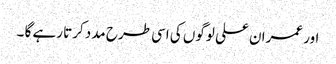
اور عمران علی لوگوں کی اسی طرح مدد کرتا رہے گا ۔